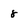
Character: 8